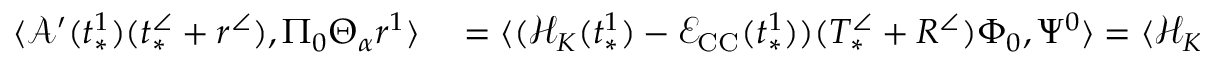
\begin{array} { r l } { \langle \mathcal { A } ^ { \prime } ( t _ { * } ^ { 1 } ) ( t _ { * } ^ { \angle } + r ^ { \angle } ) , \Pi _ { 0 } \Theta _ { \alpha } r ^ { 1 } \rangle } & { { } = \langle ( \mathcal { H } _ { K } ( t _ { * } ^ { 1 } ) - \mathcal { E } _ { \mathrm { C C } } ( t _ { * } ^ { 1 } ) ) ( T _ { * } ^ { \angle } + R ^ { \angle } ) \Phi _ { 0 } , \Psi ^ { 0 } \rangle = \langle \mathcal { H } _ { K } ( t _ { * } ^ { 1 } ) ( T _ { * } ^ { \angle } + R ^ { \angle } ) \Phi _ { 0 } , \Psi ^ { 0 } \rangle } \end{array}